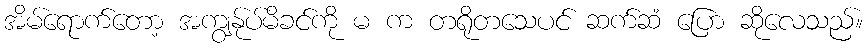
အိမ်ရောက်တော့ အကျွန်ုပ်မိခင်ကို မ က တရိုတသေပင် ဆက်ဆံ ပြော ဆိုလေသည်။